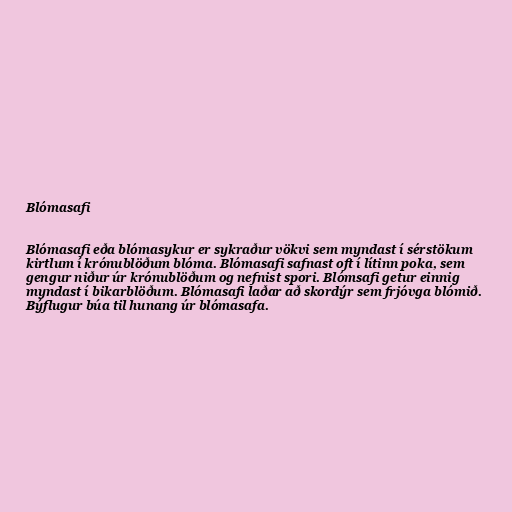
Blómasafi

Blómasafi eða blómasykur er sykraður vökvi sem myndast í sérstökum
kirtlum í krónublöðum blóma. Blómasafi safnast oft í lítinn poka, sem
gengur niður úr krónublöðum og nefnist spori. Blómsafi getur einnig
myndast í bikarblöðum. Blómasafi laðar að skordýr sem frjóvga blómið.
Býflugur búa til hunang úr blómasafa.